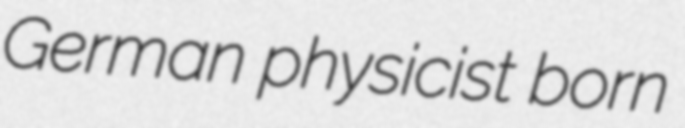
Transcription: German physicist born